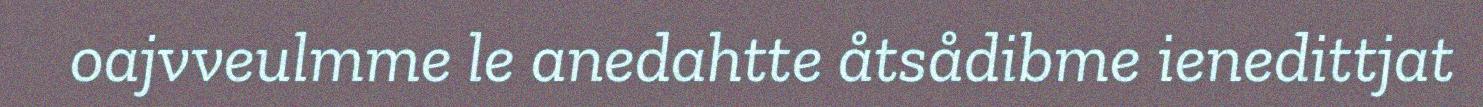
oajvveulmme le anedahtte åtsådibme ienedittjat